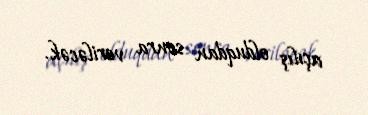
açılış olduqdan sonra veriləcək.